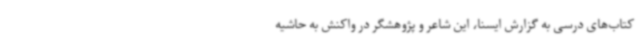
کتاب‌های درسی به گزارش ایسنا، این شاعر و پژوهشگر در واکنش به حاشیه‌